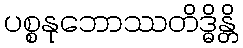
ပစ္စနုဘောဿတိဒ္ဓိန္တိ